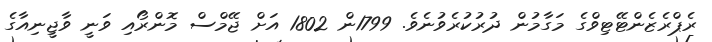
ރެޕްރެޒެންޓޭޓިވްގެ މަގާމުން ދުރުކުރެވުނެވެ. 1799ން 1802 އަށް ޖޭމްސް މޮންރޯއި ވަނީ ވާޖީނިއާގެ